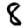
Digit: 8